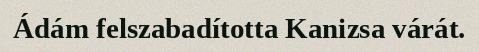
Ádám felszabadította Kanizsa várát.